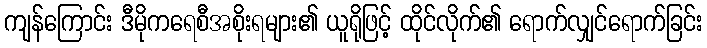
ကျန်ကြောင်း ဒီမိုကရေစီအစိုးရများ၏ ယူရိုဖြင့် ထိုင်လိုက်၏ ရောက်လျှင်ရောက်ခြင်း